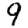
Digit: 9